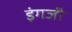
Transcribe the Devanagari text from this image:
इंगजी